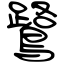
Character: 鷺